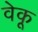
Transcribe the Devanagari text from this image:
वेकू